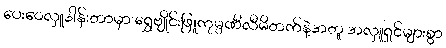
ပေးဝေလှူဒါန်းတာမှာ ရွှေဗျိုင်းဖြူကုမ္ပဏီလီမိတက်နဲ့အတူ အလှူရှင်များစွာ